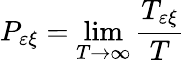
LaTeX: P_{\varepsilon\xi}=\operatorname*{lim}_{T\to\infty}\frac{T_{\varepsilon\xi}}{T}